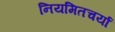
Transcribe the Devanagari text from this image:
नियमितचर्या